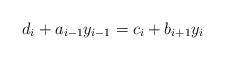
LaTeX: \begin{align*}d_i + a_{i-1} y_{i-1} = c_i + b_{i+1} y_i \end{align*}